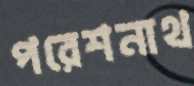
পরেশনাথ